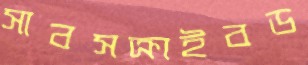
সাবসক্রাইবড